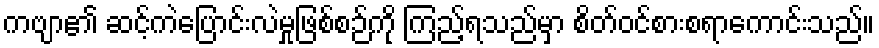
ကဗျာ၏ ဆင့်ကဲပြောင်းလဲမှုဖြစ်စဉ်ကို ကြည့်ရသည်မှာ စိတ်ဝင်စားစရာကောင်းသည်။